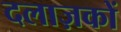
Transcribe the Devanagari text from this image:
दलाज़कों